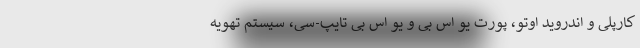
کارپلی و اندروید اوتو، پورت یو اس بی و یو اس بی تایپ-سی، سیستم تهویه